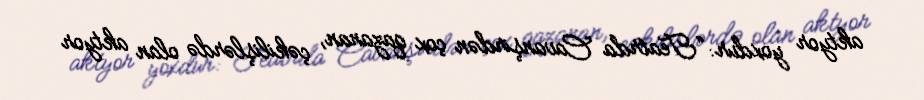
aktyor yoxdur: “Teatrda Cavanşirdən çox qazanan, çəkilişlərdə olan aktyor